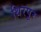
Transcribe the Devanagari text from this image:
थिरपूर